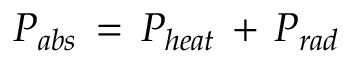
P _ { a b s } \, = \, P _ { h e a t } \, + \, P _ { r a d }